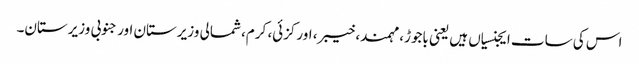
اس کی سات ایجنسیاں ہیں یعنی باجوڑ، مہمند، خیبر، اورکزئی، کرم، شمالی وزیرستان اور جنوبی وزیرستان۔